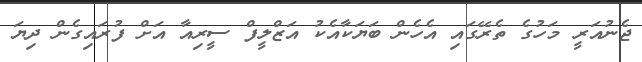
ޖެނުއަރީ މަހުގެ ތެރޭގައި އެހެން ބަޔަކާއެކު އަޒްލީފް ސީރިއާ އަށް ފުރައިގެން ދިޔަ